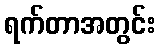
ရက်တာအတွင်း